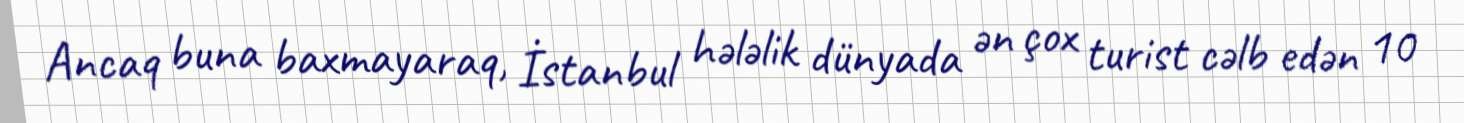
Ancaq buna baxmayaraq, İstanbul hələlik dünyada ən çox turist cəlb edən 10